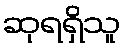
ဆုရရှိသူ